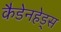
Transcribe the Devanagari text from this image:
कैडेनहेड्स